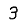
Digit: 3